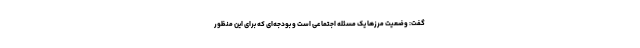
گفت: وضعیت مرزها یک مسئله اجتماعی است و بودجه‌ای که برای این منظور